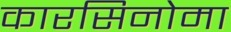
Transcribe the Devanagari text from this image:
कारसिनोमा